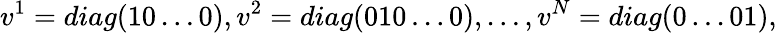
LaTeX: v^{1}=diag(10\ldots 0),v^{2}=diag(010\ldots 0),\ldots,v^{N}=diag(0\ldots 01),